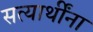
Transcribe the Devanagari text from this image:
सत्यार्थींना